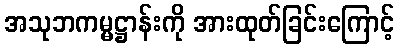
အသုဘကမ္မဋ္ဌာန်းကို အားထုတ်ခြင်းကြောင့်